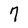
Character: 7